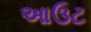
આઉટ